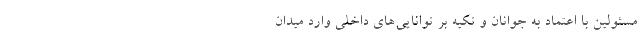
مسئولین با اعتماد به جوانان و تکیه بر توانایی‌های داخلی وارد میدان